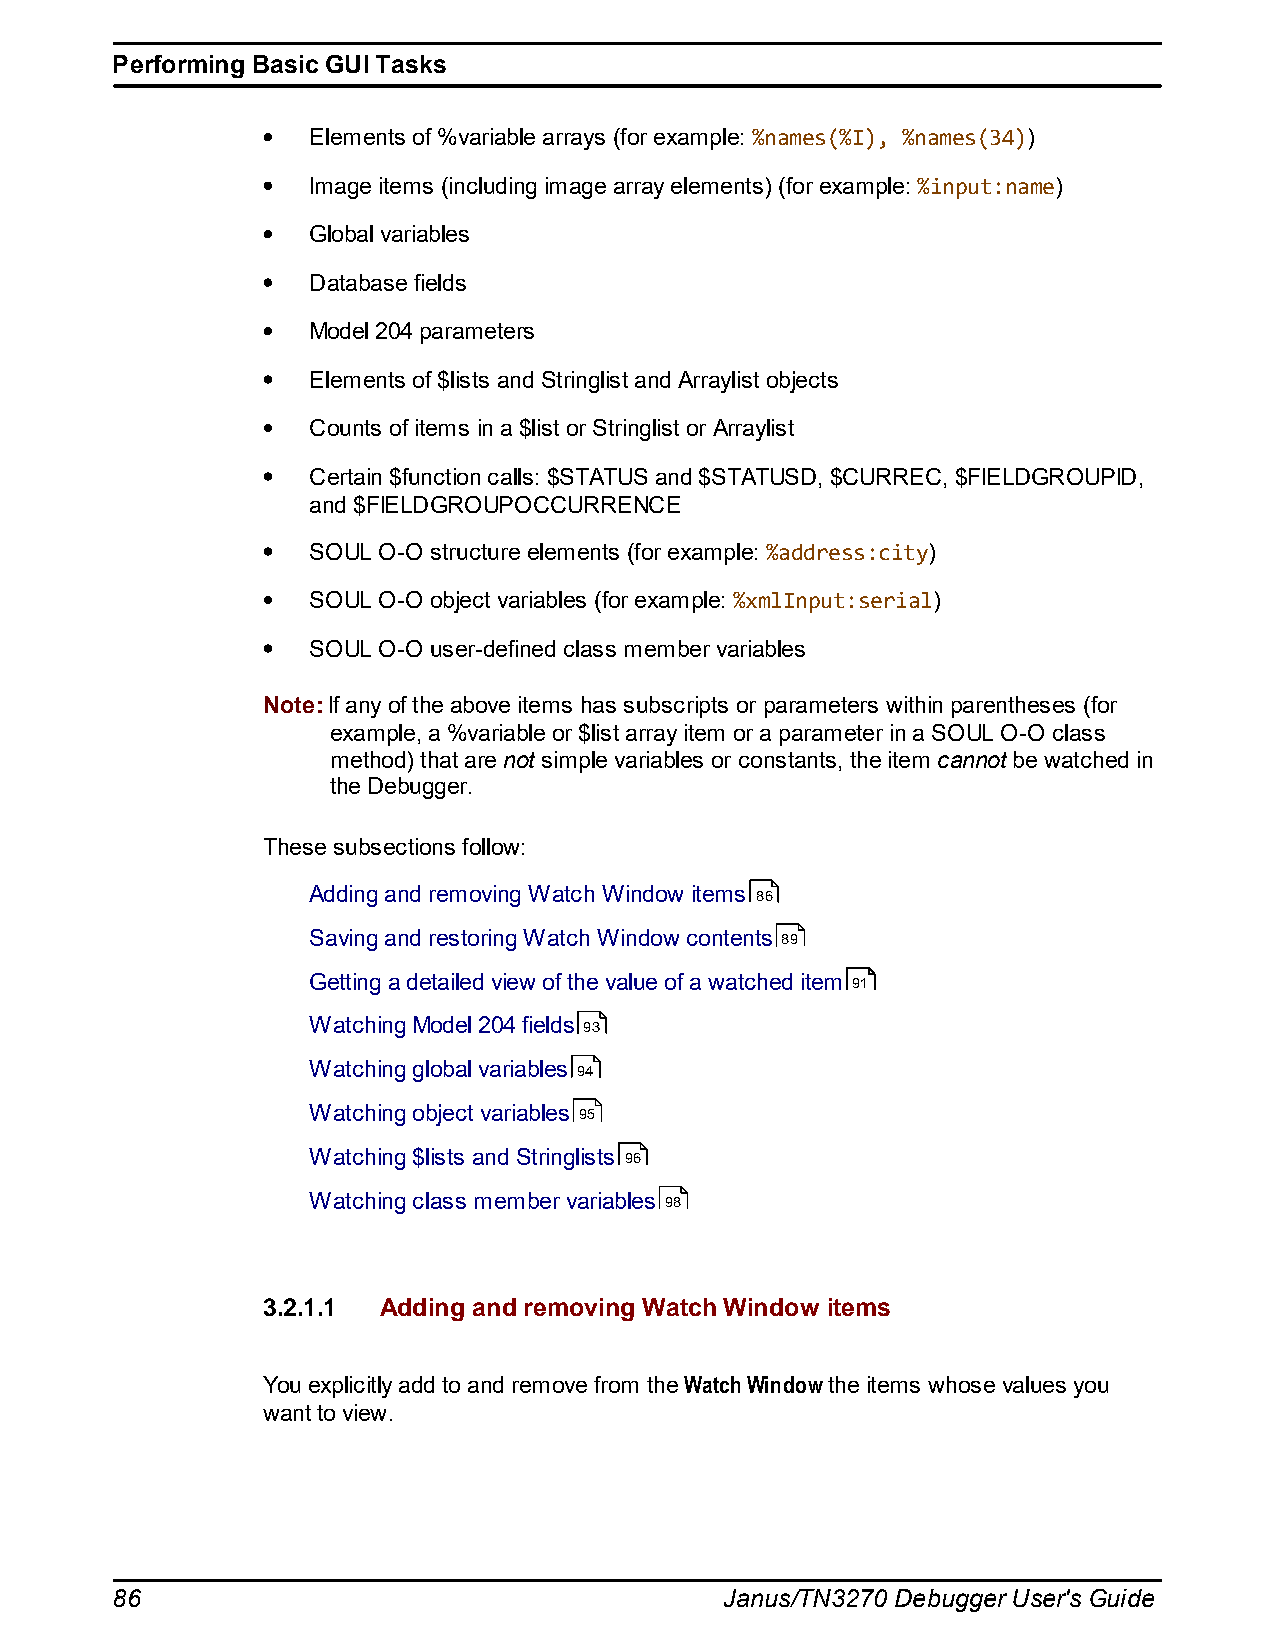
Performing Basic GUI Tasks
 Elements of %variable arrays (for example: %names(%I), %names(34))
 Image items (including image array elements) (for example: %input:name)
 Global variables
 Database fields
 Model 204 parameters
 Elements of $lists and Stringlist and Arraylist objects
 Counts of items in a $list or Stringlist or Arraylist
 Certain $function calls: $STATUS and $STATUSD, $CURREC, $FIELDGROUPID,
 and $FIELDGROUPOCCURRENCE
 SOUL O-O structure elements (for example: %address:city)
 SOUL O-O object variables (for example: %xmlInput:serial)
 SOUL O-O user-defined class member variables
 Note: If any of the above items has subscripts or parameters within parentheses (for
 example, a %variable or $list array item or a parameter in a SOUL O-O class
 method) that are not simple variables or constants, the item cannot be watched in
 the Debugger.
 These subsections follow:
 Adding and removing Watch Window items 86
 Saving and restoring Watch Window contents 89
 Getting a detailed view of the value of a watched item 91
 Watching Model 204 fields 93
 Watching global variables 94
 Watching object variables 95
 Watching $lists and Stringlists 96
 Watching class member variables 98
 3.2.1.1 Adding and removing Watch Window items
 You explicitly add to and remove from the Watch Window the items whose values you
 want to view.
 86                                       Janus/TN3270 Debugger User's Guide